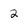
Character: 2